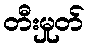
တီးမှုတ်